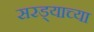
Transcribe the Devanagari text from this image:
सरड्याच्या